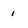
Character: 1